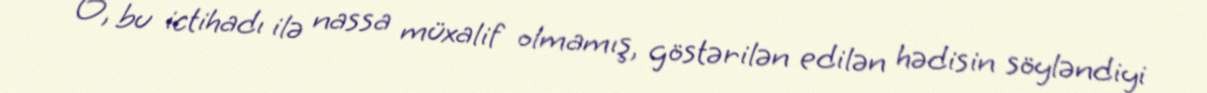
O, bu ictihadı ilə nassa müxalif olmamış, göstərilən edilən hədisin söyləndiyi